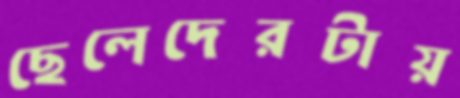
ছেলেদেরটায়